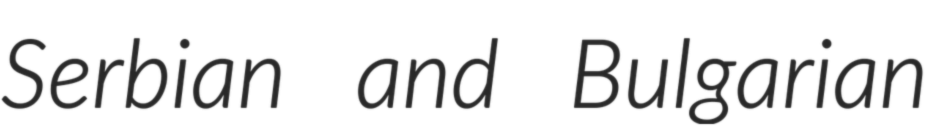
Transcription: Serbian and Bulgarian